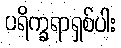
ပရိက္ခရာရှစ်ပါး